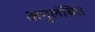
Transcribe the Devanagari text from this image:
अनुलंबित